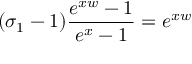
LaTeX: ( \sigma _ { 1 } - 1 ) \frac { e ^ { x w } - 1 } { e ^ { x } - 1 } = e ^ { x w }